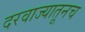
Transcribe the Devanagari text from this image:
दरवाज्यातूनच